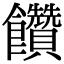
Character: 饡